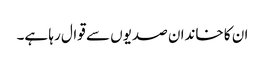
ان کا خاندان صدیوں سے قوال رہا ہے۔